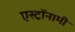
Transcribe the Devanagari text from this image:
एस्‍ट्रॉनामी